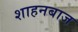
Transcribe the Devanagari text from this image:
शाहनबाज